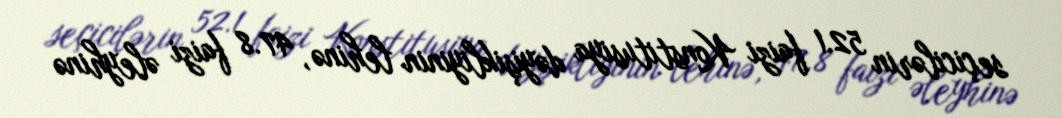
seçicilərin 52.1 faizi Konstitusiya dəyişikliyinin lehinə, 47.8 faizi əleyhinə